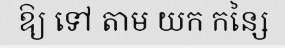
ឱ្យ ទៅ តាម យក កន្សៃ